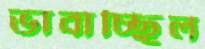
ভাবাচ্ছিল